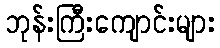
ဘုန်းကြီးကျောင်းများ